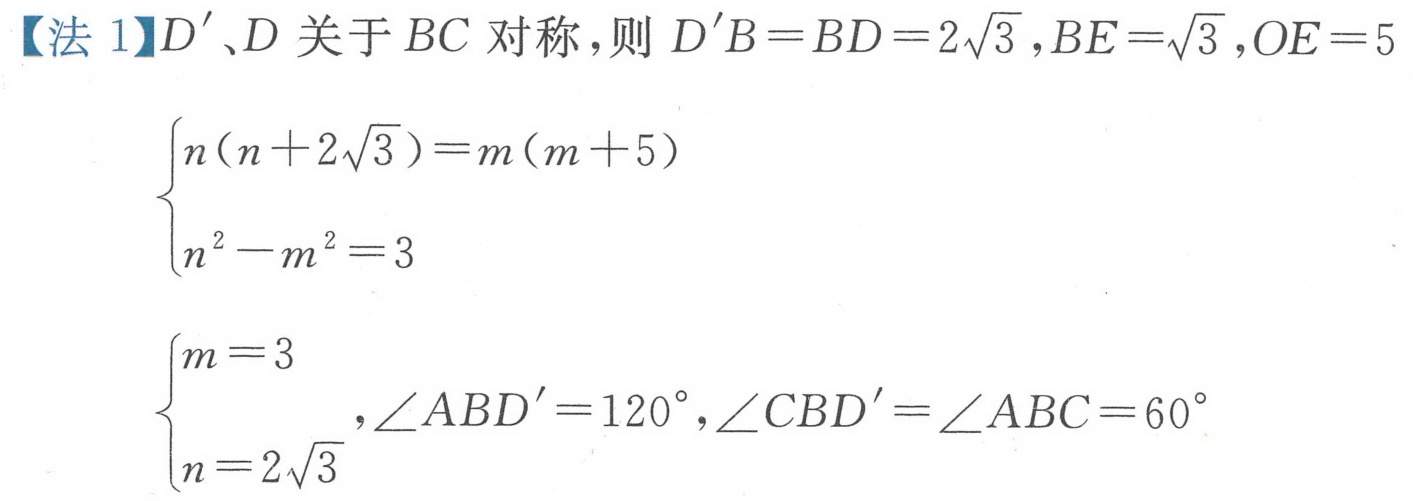
【法1】$D'、D$关于$BC$对称，则$D'B = BD = 2\sqrt{3},BE=\sqrt{3},OE = 5$
$\begin{cases}n(n + 2\sqrt{3})=m(m + 5)\\n^{2}-m^{2}=3\end{cases}$
$\begin{cases}m = 3\\n = 2\sqrt{3}\end{cases},\angle ABD'=120^{\circ},\angle CBD'=\angle ABC = 60^{\circ}$